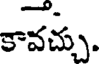
కావచ్చు.